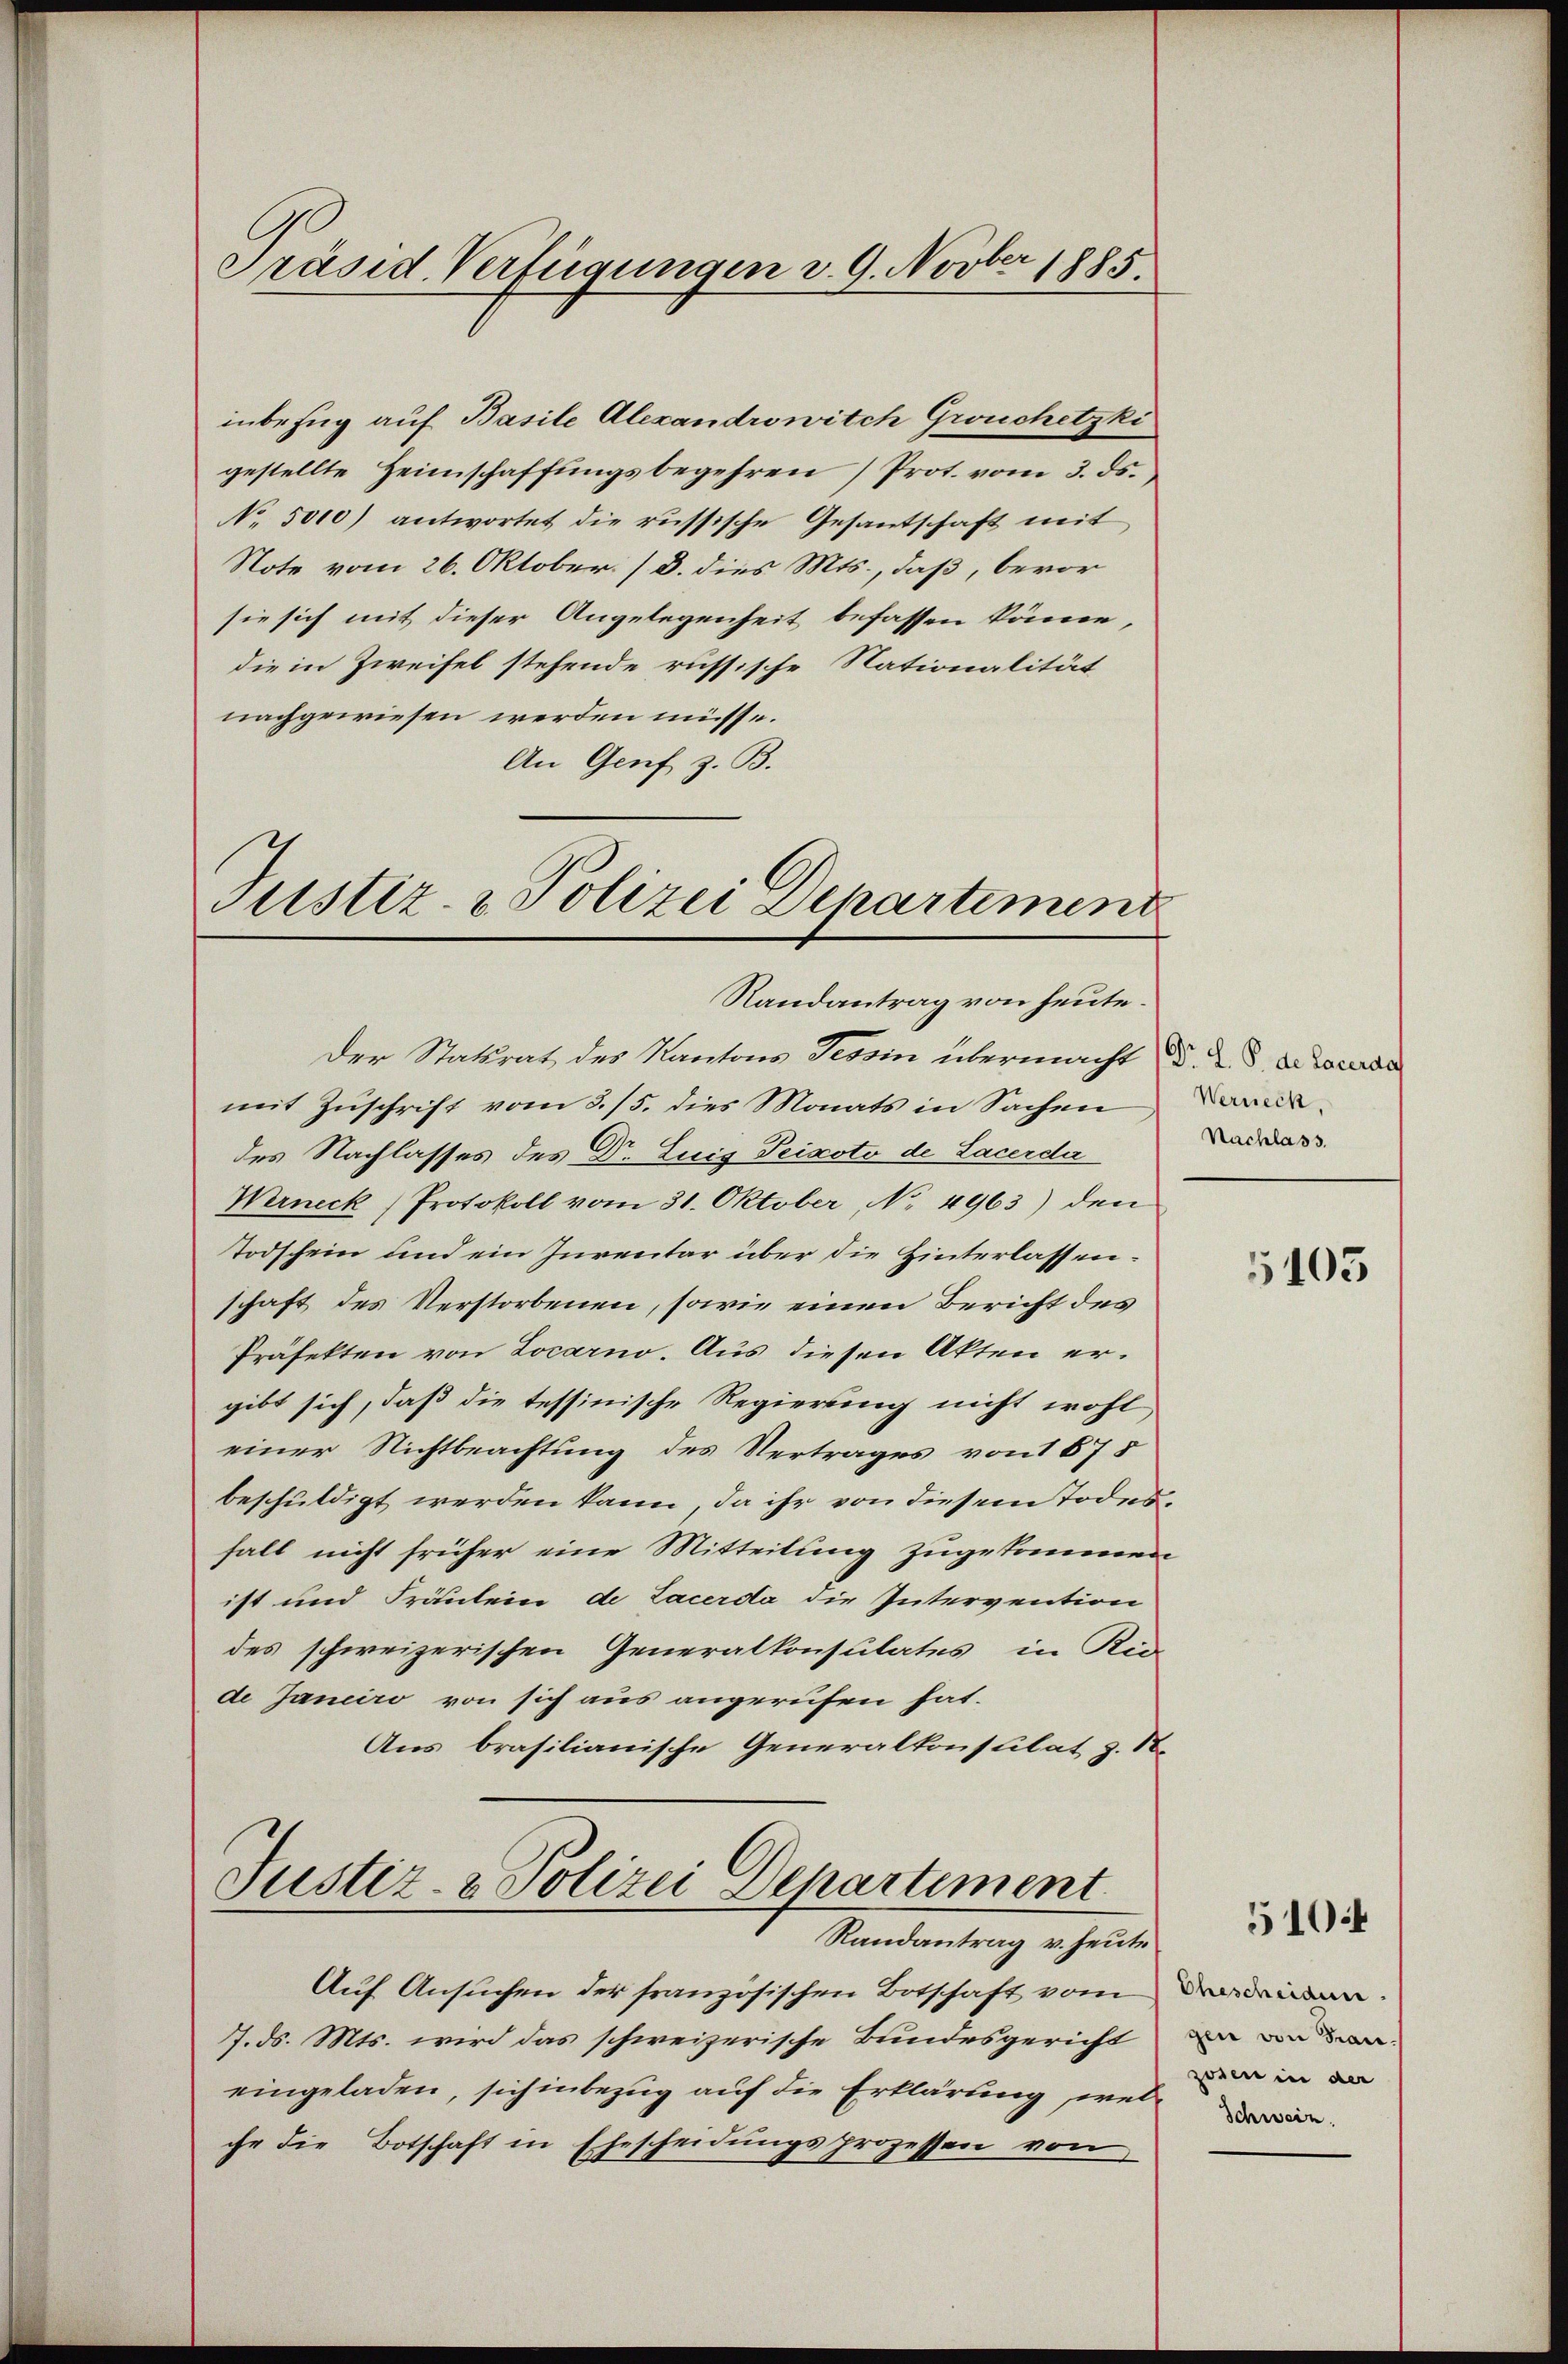
Präsid. Verfügungen v. 9. Novber 1885.

inbezug auf Basile Alexandrowitch Grouchetzki
gestellte Heimschaffŭngsbegehren Prot. vom 3. ds.
No. 5000) antwortet die russische Gesantschaft mit
Note vom 26. Oktober. (D. dies Mts., daß, bevor
sie sich mit dieser Angelegenheit befassen könne,
die in Zweifel stehende russische Nationalität
nachgewiesen werden müsse.
An Genf z. B.

Der Statsrat des Kantons Tessin übermacht, d. d. d. d. Locarda
mit Zuschrift vom 3./5. dies Monats in Sachen
des Nachlasses des Dr. Luis Peixoto de Lacerda
Werneck (Protokoll vom 31. Oktober No 4963) den
Todschein und ein Jurentar über die Hinterlassenschaft des Verstorbenen, sowie einen Bericht des
Präfekten von Locarno. Aus diesen Akten ergibt sich, daß die tessinische Regierung nicht wohl
einer Nichtbeachtung des Vertrages von 675
beschuldigt werden kann, da ihr von diesem Todesfall nicht früher eine Mitteilung zugekommen
ist und Fräulein de Lacerda die Intervention
des schweizerischen Generalkonsulates in Kin-
de Janeiro von sich aus angerufen hat.
Aus brasilianische Generalkonsulat, z. St.

Justiz- & Polizei Departement
Randantrag von heute.

Justiz- & Polizei Departement
Randantrag v. heute

Auf Ansuchen der französischen Botschaft vom
7. ds. Mts. wird das schweizerische Bundesgericht
eingeladen, sich inbezug auf die Erklärung, welche die Botschaft in Ehescheidungsprozessen von

Werneck,
Nachlass.

5105

510:

Ehescheidun
gen von Frau.
zwen in der